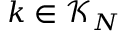
\boldsymbol k \in \mathcal { K } _ { N }